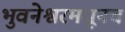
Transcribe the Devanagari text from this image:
भुवनेश्वरमधूनच